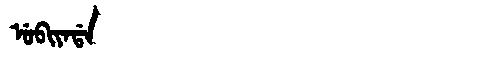
Manchu: ᡠᠪᡳᠶᠠᡩᠠ
Romanization: UBIYADA